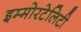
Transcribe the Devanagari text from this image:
इम्मोरटेलिटी